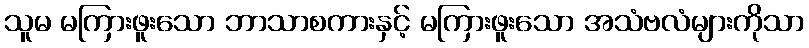
သူမ မကြားဖူးသော ဘာသာစကားနှင့် မကြားဖူးသော အသံဗလံများကိုသာ